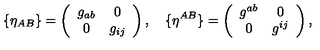
\{ \eta _ { A B } \} = \left( \begin{array} { c c } { g _ { a b } } & { 0 } \\ { 0 } & { g _ { i j } } \\ \end{array} \right) , \quad \{ \eta ^ { A B } \} = \left( \begin{array} { c c } { g ^ { a b } } & { 0 } \\ { 0 } & { g ^ { i j } } \\ \end{array} \right) ,